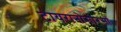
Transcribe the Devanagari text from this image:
टायरानोसोरसों